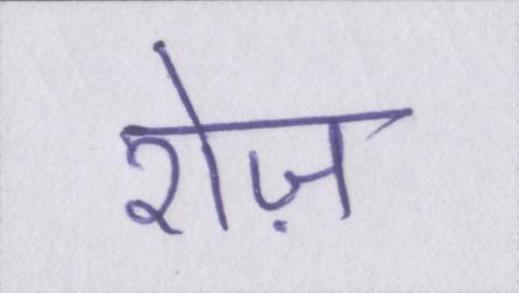
रोज़